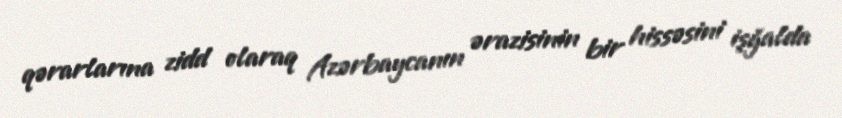
qərarlarına zidd olaraq Azərbaycanın ərazisinin bir hissəsini işğalda